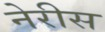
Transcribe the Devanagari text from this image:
नेरीस